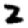
Digit: 2